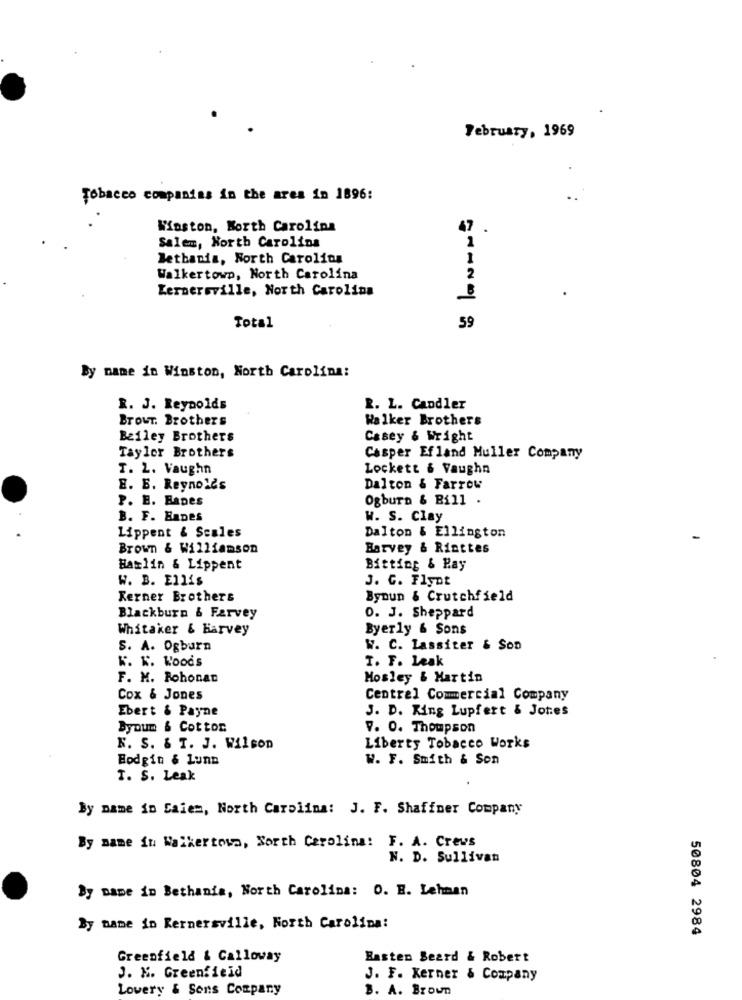
February, 1969
Tobacco companies in the area in 1896:
Winston, North Carolina
47
Salem, North Carolina
1
Bethania, North Carolina
1
Walkertown, North Carolina
2
Kernersville, North Carolina
Total
59
By name in Winston, North Carolina:
R. J. Reynolds
R. L. Candler
BrOUT. Brothers
Walker Brothers
Beiley Brothers
Casey & Wright
Taylor Brothers
Casper Efland Muller Company
T. L. Vaughn
Lockett & Vaughn
E. E. Reynolds
Dalton & Farrow
P. E. Hanes
Ogburn & Bill .
B. F. HADES
W. S. Clay
Dalton & Ellington
Lippent & Scales
Brown & Williamson
Harvey & Riattes
Hamlin & Lippent
Bitting & Pay
W. B. Ellis
J. C. Flynt
Kerner Brothers
Byoun & Crutchfield
Blackburn & Farvey
O. J. Sheppard
Whitaker & harvey
Byerly & Sons
S. A. Ogburn
W. C. Lassiter & Son
T. F. Leak
K. K. Woods
F. M. Rohonan
Mosley & Martin
Cox & Jones
Central Commercial Company
Ebert & Payne
J. D. King Lupfert & Jotes
Byoum & Cotton
9. 0. Thompson
N. S. & T. J. Wilson
Liberty Tobacco Works
Hodgin & Lunn
W. F. Smith & Son
T. S. Leak
By name in Saiem, North Carolina: J. F. Shaffner Company
By name in Walkertown, North Carolina: F. A. Crews
N. D. Sullivan
Dy name in Bethania, North Carolina: O. E. Lehman
By name in Kernersville, North Carolina:
50804 2984
Greenfield & Calloway
Basten Beard & Robert
J. K. Greenfield
J. F. Kerner & Company
Lowery & Sons Company
B. A. Brown